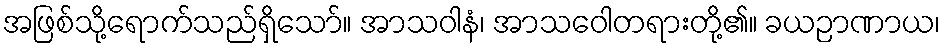
အဖြစ်သို့ရောက်သည်ရှိသော်။ အာသဝါနံ၊ အာသဝေါတရားတို့၏။ ခယဉာဏာယ၊